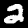
Digit: 2